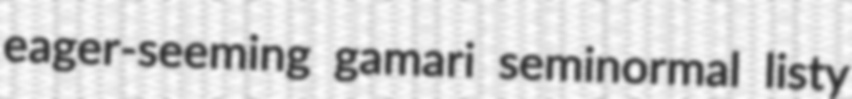
eager-seeming gamari seminormal listy